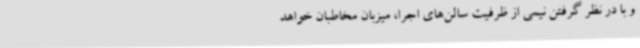
و با در نظر گرفتن نیمی از ظرفیت سالن‌های اجرا، میزبان مخاطبان خواهد